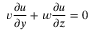
v { \frac { \partial u } { \partial y } } + w { \frac { \partial u } { \partial z } } = 0